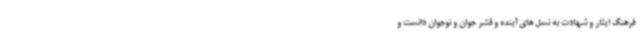
فرهنگ ایثار و شهادت به نسل های آینده و قشر جوان و نوجوان دانست و